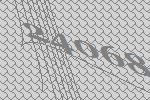
24068